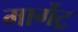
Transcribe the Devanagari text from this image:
मार्गेट्र